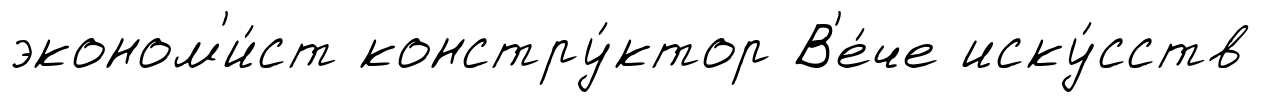
эконом'и́ст констру́ктор В'е́че иску́сств